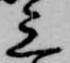
三